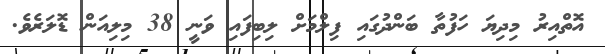
އޮތްއިރު މިދިޔަ ހަފުތާ ބަންދުގައި ފިލްމަށް ލިބިފައި ވަނީ 38 މިލިއަން ޑޮލަރެވެ.